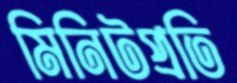
মিনিটপ্রতি